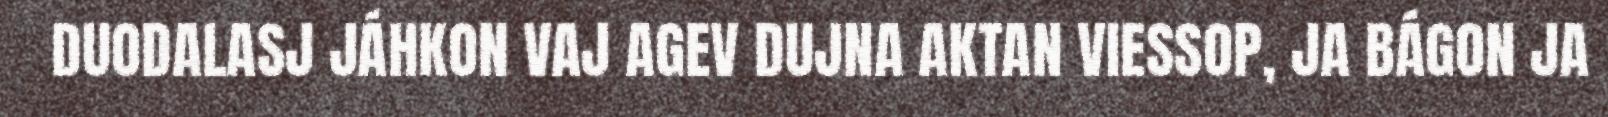
DUODALASJ JÁHKON VAJ AGEV DUJNA AKTAN VIESSOP, JA BÁGON JA